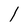
Character: 1